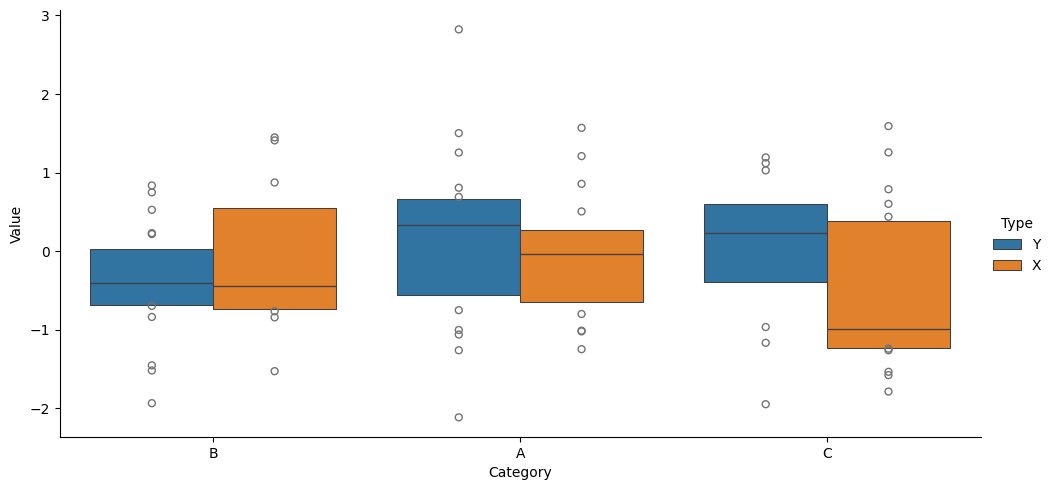
python, seaborn, catplot, kind='boxen', height=5, aspect=2